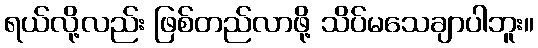
ရယ်လို့လည်း ဖြစ်တည်လာဖို့ သိပ်မသေချာပါဘူး။